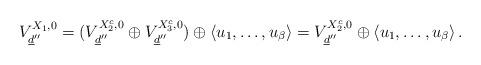
LaTeX: \begin{align*}V_{\underline{d}''}^{X_{1},0}=(V_{\underline{d}''}^{X_{2}^{c},0}\oplus V_{\underline{d}''}^{X_{3}^{c},0})\oplus \left\langle u_1,\ldots,u_{\beta}\right\rangle=V_{\underline{d}''}^{X_{2}^{c},0}\oplus \left\langle u_1,\ldots,u_{\beta}\right\rangle.\end{align*}